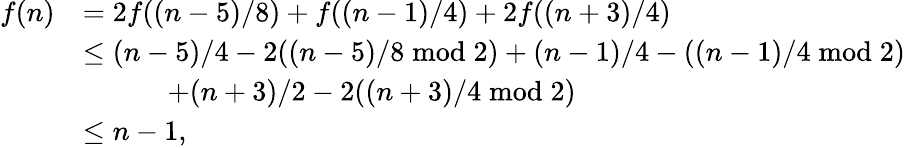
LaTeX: \begin{array}{rl}{f(n)}&{=2f({(n-5)/8})+f({(n-1)/4})+2f({(n+3)/4})}\\ &{\leq{(n-5)/4}-2({(n-5)/8}\bmod 2)+{(n-1)/4}-({(n-1)/4}\bmod 2)}\\ &{\quad\quad\quad+{(n+3)/2}-2({(n+3)/4}\bmod 2)}\\ &{\leq n-1,}\end{array}